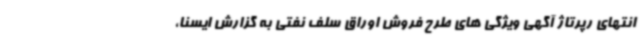
انتهای رپرتاژ آگهی ویژگی های طرح فروش اوراق سلف نفتی به گزارش ایسنا،